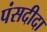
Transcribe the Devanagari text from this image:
पंसदीदा